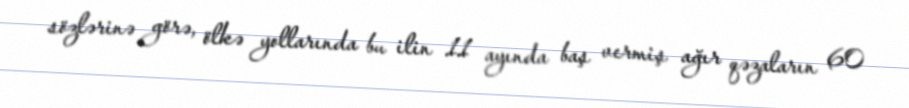
sözlərinə görə, ölkə yollarında bu ilin 11 ayında baş vermiş ağır qəzaların 60